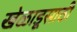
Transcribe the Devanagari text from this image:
खेळाडूसाठी